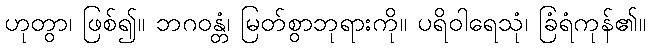
ဟုတွာ၊ ဖြစ်၍။ ဘဂဝန္တံ၊ မြတ်စွာဘုရားကို။ ပရိဝါရေသုံ၊ ခြံရံကုန်၏။